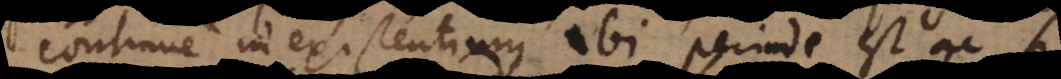
continue inexistentium, ibi perinde est ac si